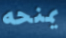
يمنحه